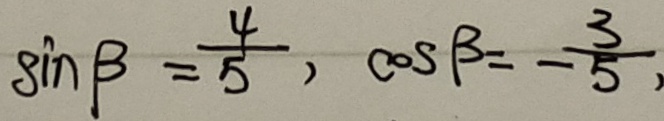
\sin \beta = \frac { 4 } { 5 } , \cos \beta = - \frac { 3 } { 5 } ,